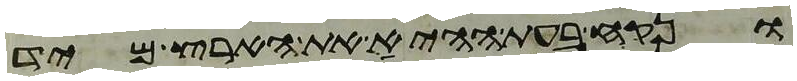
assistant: ונקח בעת ההיא את הארץ מיד